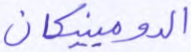
الدومينيكان